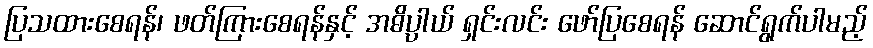
ပြသထားစေရန်၊ ဖတ်ကြားစေရန်နှင့် အဓိပ္ပါယ် ရှင်းလင်း ဖော်ပြစေရန် ဆောင်ရွက်ပါမည့်